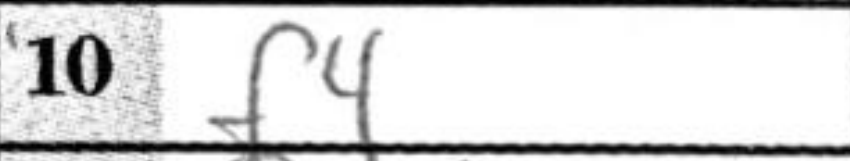
Transcription: f4